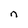
Character: n